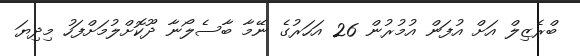
ބްރެޒިލް އަށް އުފަން އުމުރުން 26 އަހަރުގެ ނޭމާ ބާސެލޯނާ ދޫކޮށްލުމަށްފަހު މިދިޔަ